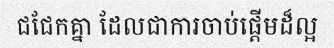
ជជែកគ្នា ដែលជាការចាប់ផ្តើមដ៏ល្អ